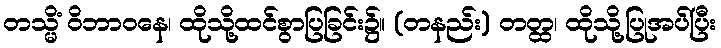
တသ္မိံ ဝိဘာဝနေ၊ ထိုသို့ထင်စွာပြခြင်း၌။ (တနည်း) တတ္ထ၊ ထိုသို့ပြုအပ်ပြီး